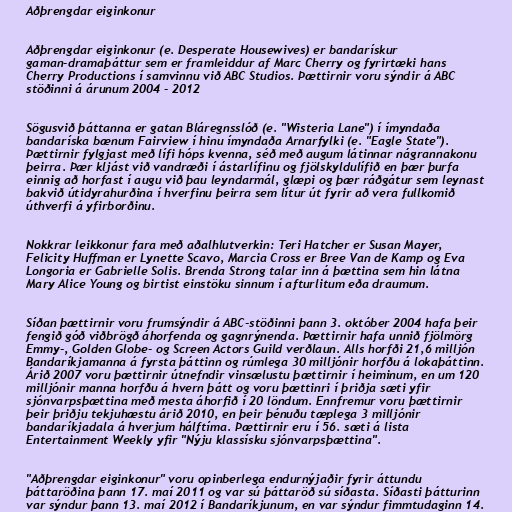
Aðþrengdar eiginkonur

Aðþrengdar eiginkonur (e. Desperate Housewives) er bandarískur
gaman-dramaþáttur sem er framleiddur af Marc Cherry og fyrirtæki hans
Cherry Productions í samvinnu við ABC Studios. Þættirnir voru sýndir á ABC
stöðinni á árunum 2004 - 2012

Sögusvið þáttanna er gatan Bláregnsslóð (e. "Wisteria Lane") í ímyndaða
bandaríska bænum Fairview í hinu ímyndaða Arnarfylki (e. "Eagle State").
Þættirnir fylgjast með lífi hóps kvenna, séð með augum látinnar nágrannakonu
þeirra. Þær kljást við vandræði í ástarlífinu og fjölskyldulífið en þær þurfa
einnig að horfast í augu við þau leyndarmál, glæpi og þær ráðgátur sem leynast
bakvið útidyrahurðina í hverfinu þeirra sem lítur út fyrir að vera fullkomið
úthverfi á yfirborðinu.

Nokkrar leikkonur fara með aðalhlutverkin: Teri Hatcher er Susan Mayer,
Felicity Huffman er Lynette Scavo, Marcia Cross er Bree Van de Kamp og Eva
Longoria er Gabrielle Solis. Brenda Strong talar inn á þættina sem hin látna
Mary Alice Young og birtist einstöku sinnum í afturlitum eða draumum.

Síðan þættirnir voru frumsýndir á ABC-stöðinni þann 3. október 2004 hafa þeir
fengið góð viðbrögð áhorfenda og gagnrýnenda. Þættirnir hafa unnið fjölmörg
Emmy-, Golden Globe- og Screen Actors Guild verðlaun. Alls horfði 21,6 milljón
Bandaríkjamanna á fyrsta þáttinn og rúmlega 30 milljónir horfðu á lokaþáttinn.
Árið 2007 voru þættirnir útnefndir vinsælustu þættirnir í heiminum, en um 120
milljónir manna horfðu á hvern þátt og voru þættinri í þriðja sæti yfir
sjónvarpsþættina með mesta áhorfið í 20 löndum. Ennfremur voru þættirnir
þeir þriðju tekjuhæstu árið 2010, en þeir þénuðu tæplega 3 milljónir
bandaríkjadala á hverjum hálftíma. Þættirnir eru í 56. sæti á lista
Entertainment Weekly yfir "Nýju klassísku sjónvarpsþættina".

"Aðþrengdar eiginkonur" voru opinberlega endurnýjaðir fyrir áttundu
þáttaröðina þann 17. maí 2011 og var sú þáttaröð sú síðasta. Síðasti þátturinn
var sýndur þann 13. maí 2012 í Bandaríkjunum, en var sýndur fimmtudaginn 14.